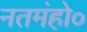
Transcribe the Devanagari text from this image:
नतमंहो०